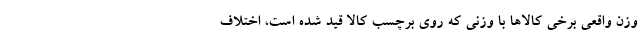
وزن واقعی برخی کالاها با وزنی که روی برچسب کالا قید شده است، اختلاف